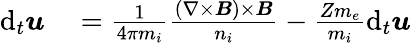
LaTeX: \begin{array}{rl}{\mathrm{d}_{t}\boldsymbol{u}}&{{}=\frac{1}{4\pi m_{i}}\frac{(\nabla\times\boldsymbol{B})\times\boldsymbol{B}}{n_{i}}-\frac{Zm_{e}}{m_{i}}\mathrm{d}_{t}\boldsymbol{u}}\end{array}